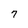
Character: 7